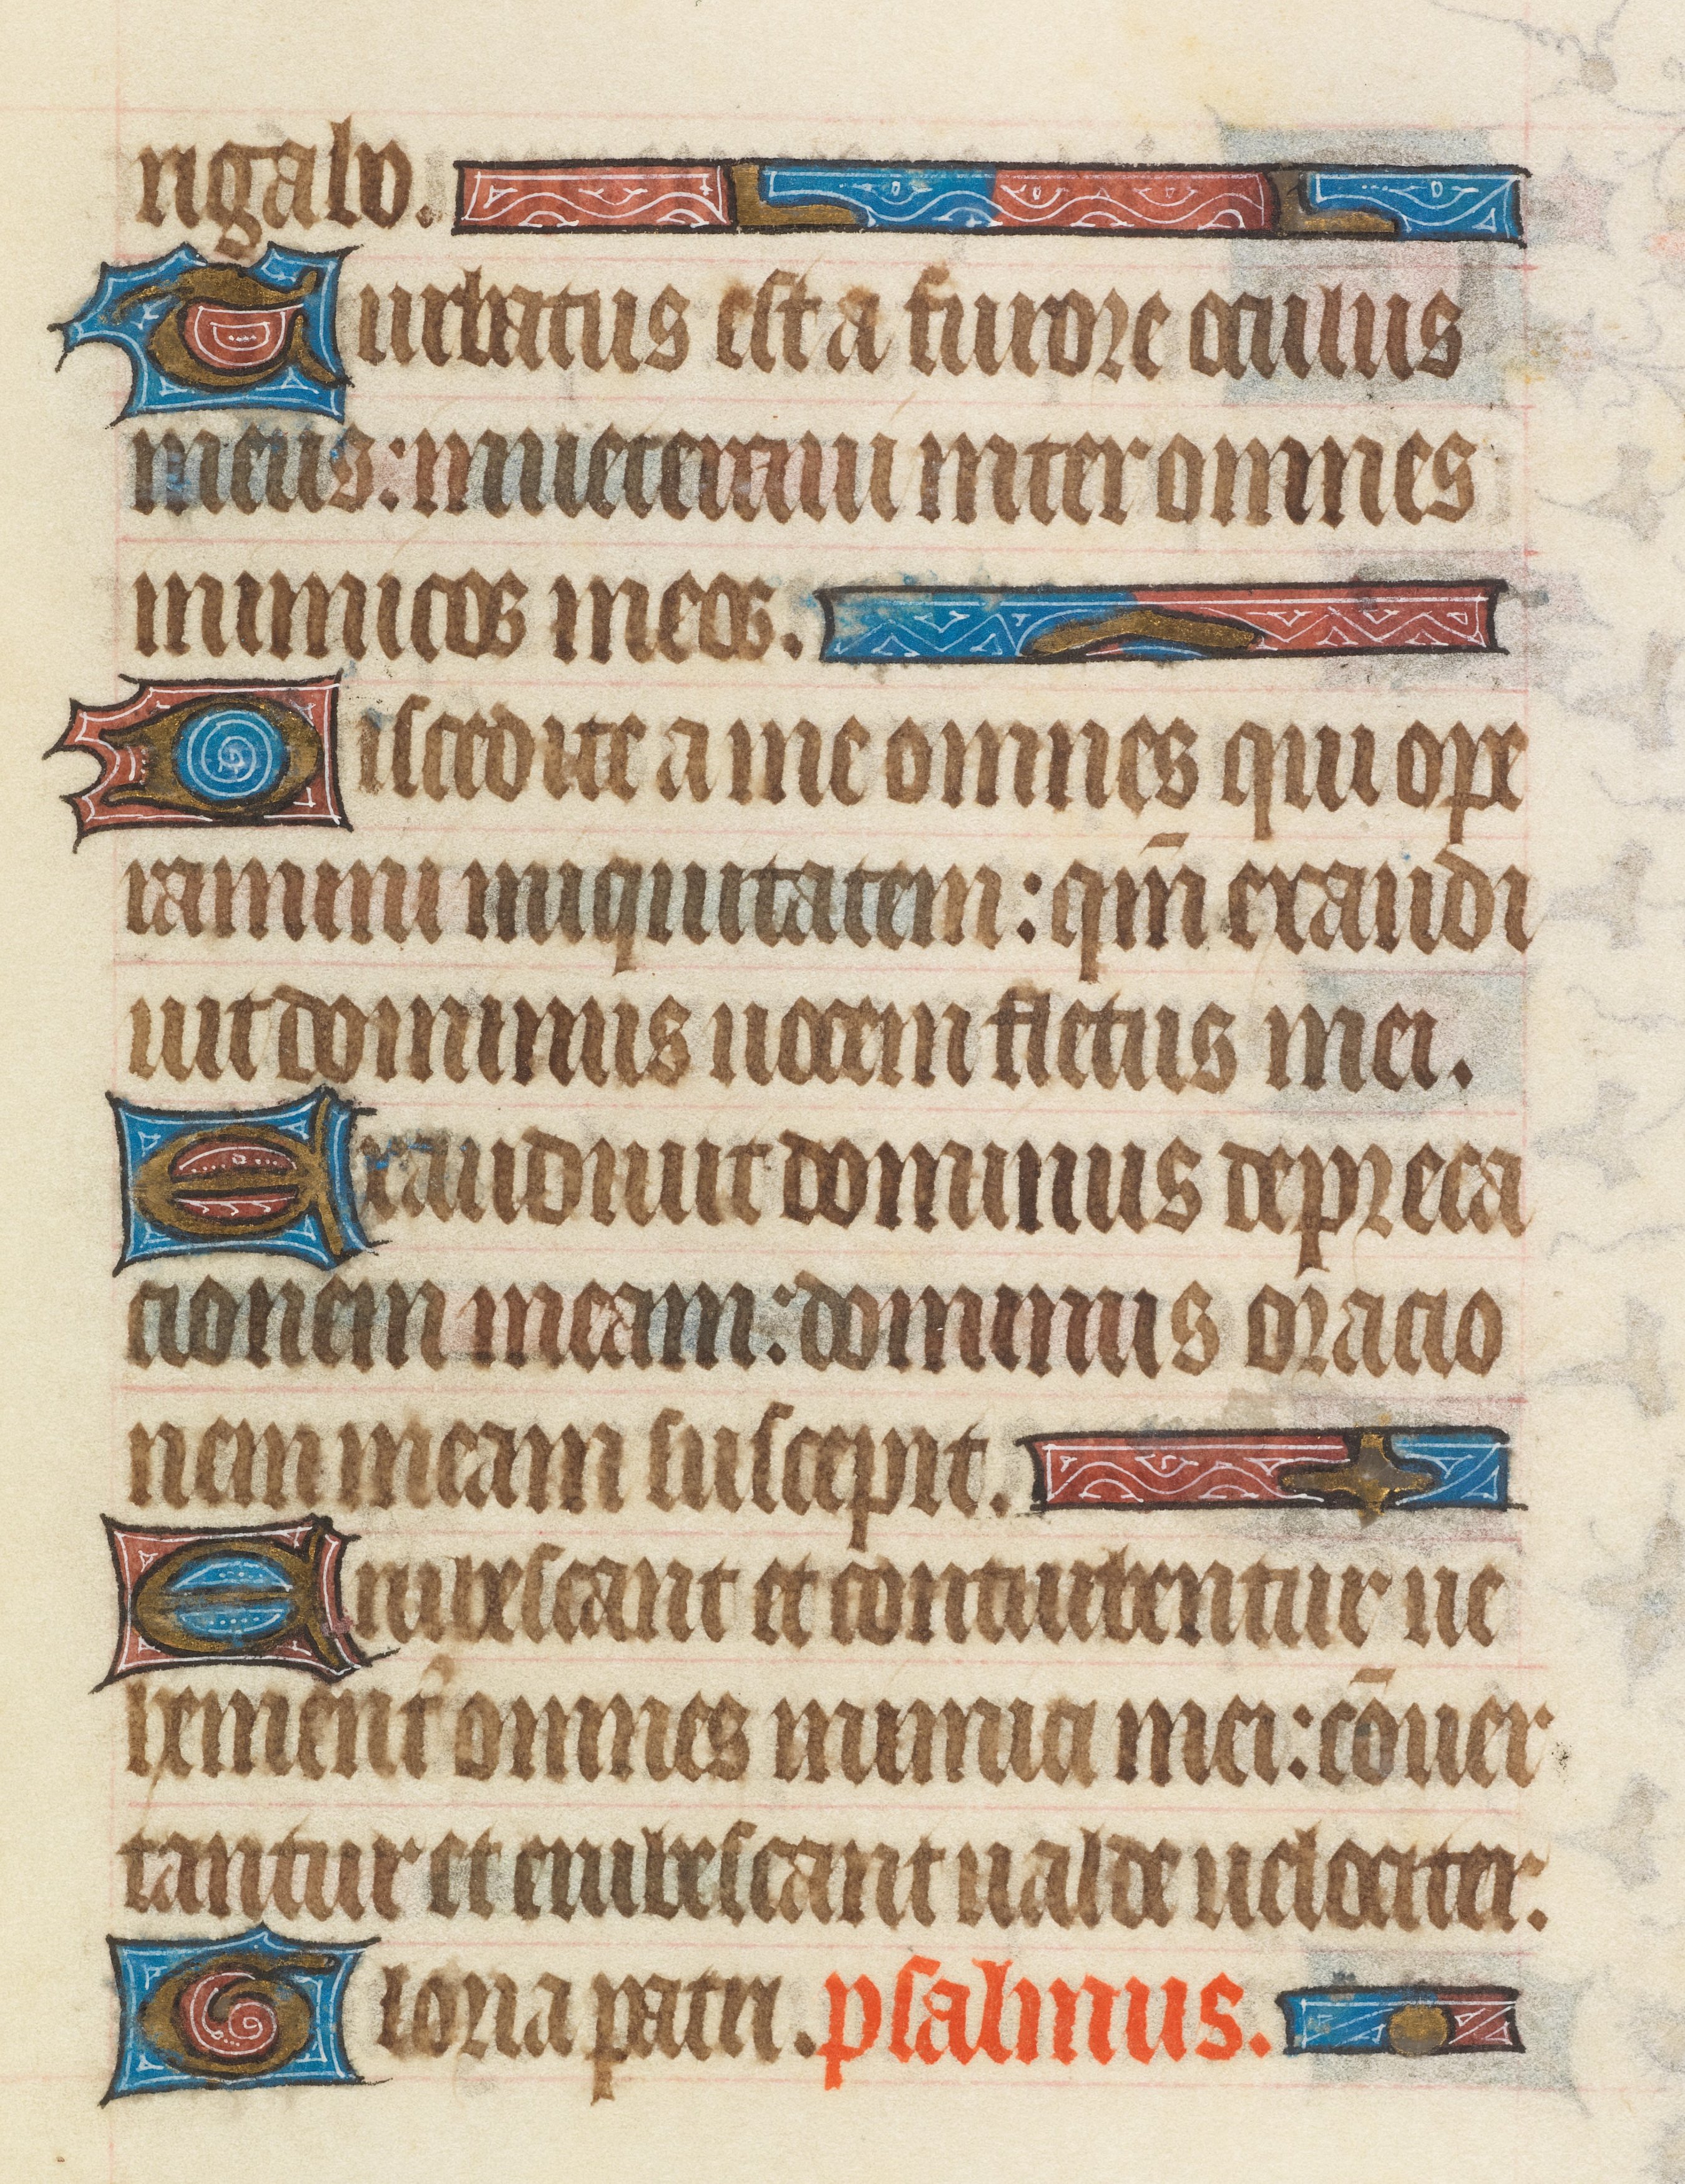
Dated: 1408–1410